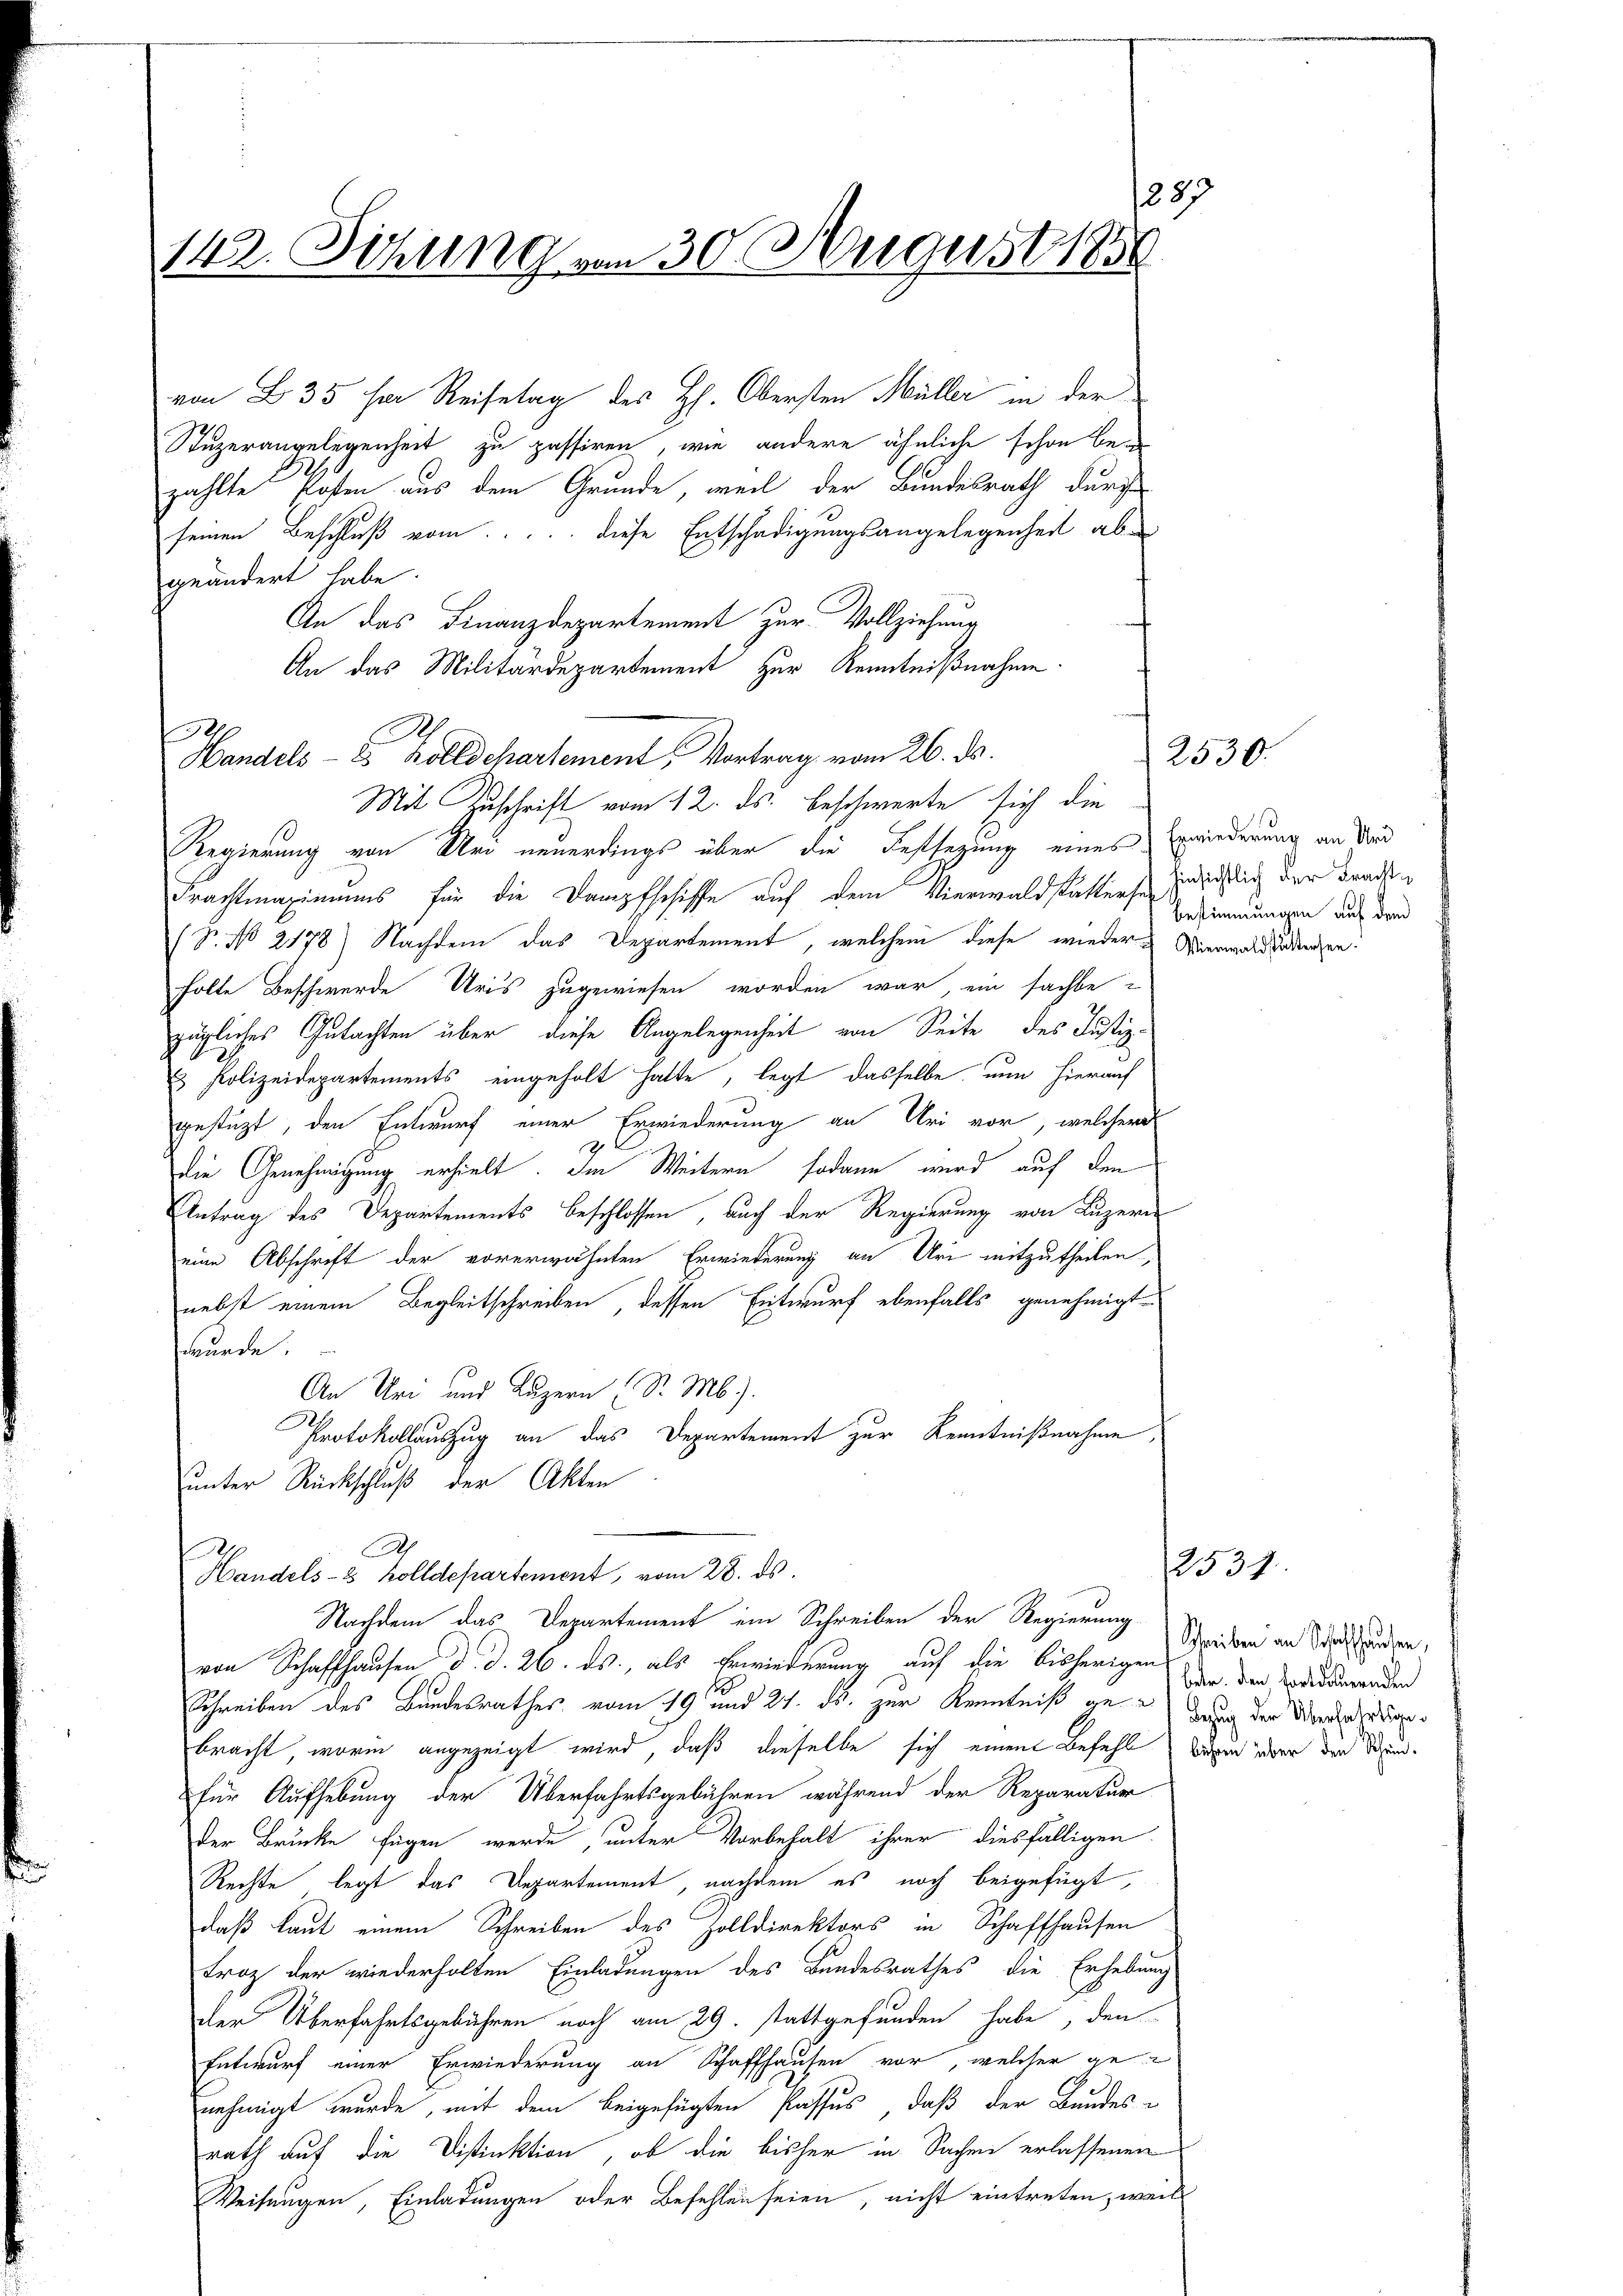
1287
142. Sitzung von 30 August 1856

von B. 35 ser Reisetag des H. Obersten Müller in der
Stuzerangelegenheit zu passiren, wie andere ähnliche schon bei
zählte Posten aus dem Grunde, weil der Bundesrath durch
seinen Beschluß vom.... diese Entschädigungsangelegenheit abgeändert habe
An das Finanzdepartement zur Vollziehung
An das Militärdepartement zur Kenntnißnahme
Handels- u Kolldchartement, Vortrag vom 26. ds.
Mit Zuschrift vom 12. ds. beschwerte sich die
Regierung von Uri neuerdings über die Festsezung eines Erwiederung an Mord
Frachtmaximums für die Dampfschiffe auf dem Vierwaldstattense nichtig der Frau
S. No 2178) Nachdem das Departement, welchem diese wieder Wierwald zudenzen.
holte Beschwerde Uris zugewiesen worden war, ein sachbe-
zügliches Gutachten über diese Angelegenheit von Seite des Justiz-
u Polizeidepartements eingeholt hatte, legt dasselbe nun hierauf
gestüzt, den Entwurf einer Erwiederung an Uri vor, welcher
die Genehmigung erhielt. Im Weitern sodann wird auf den
Antrag des Departements beschlossen, auch der Regierung von Luzern
eine Abschrift der vorerwähnten Erwiederung an Uri mitzutheilen,
nebst einem Begleitschreiben, dessen Entwurf ebenfalls genehmigt
wurde.
An Uri und Luzern (S. M.)
Protokollauszug an das Departement zur Kenntnißnahme,
unter Rückschluß der Akten
Handels- & Zolldepartement, vom 28. ds.
Nachdem das Departement ein Schreiben der Regierung
von Schaffhausen d. d. 26. ds., als Erwiederung auf die bisherigen Vor der Haidderenden
Schreiben des Bundesrathes vom 19. und 21. ds. zur Kenntniß gegang der Vorderirung
bracht, worin angezeigt wird, daß dieselbe sich einen Befehl die über der Stunfür Aufhebung der Überfahrtsgebühren während der Reparatur
der Brücke fügen werde, unter Vorbehalt ihrer diesfälligen
Rechte legt das Departement, nachdem es noch beigefügt,
daß laut einem Schreiben des Zolldirektors in Schaffhausen
Froz der wiederholten Einladungen des Bundesrathes die Erhebung
der Überfahrtsgebühren noch am 29. Stattgefunden habe, den
Entwurf einer Erwiederung an Schaffhausen vor, welcher ge
nehmigt wurde, mit dem beigefügten Passus, daß der Bundes-
rath auf die Distinktion, ob die bisher in Sachen erlassenen
Weisungen, Einladungen oder Befehlen seien, nicht eintreten, weil

Bestimmungen auf dem

2530.

12534.

Schreiben an Schaffhausen,